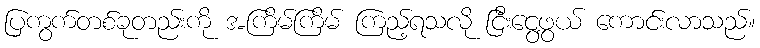
ပြကွက်တစ်ခုတည်းကို အကြိမ်ကြိမ် ကြည့်ရသလို ငြီးငွေ့ဖွယ် ကောင်းလာသည်။